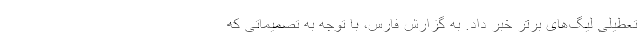
تعطیلی لیگ‌های برتر خبر داد. به گزارش فارس، با توجه به تصمیماتی که